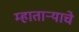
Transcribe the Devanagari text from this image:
म्हातार्‍याचे